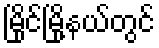
မြိုင်မြို့နယ်တွင်